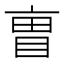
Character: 𫡼